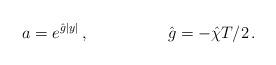
LaTeX: \begin{align*}a = e^{\hat{g}|y|}\, ,\hspace{2cm}\hat{g}=-\hat{\chi} T/2\, .\end{align*}